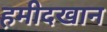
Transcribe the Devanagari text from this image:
हमीदखान